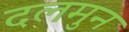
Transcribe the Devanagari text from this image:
दलमुन